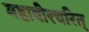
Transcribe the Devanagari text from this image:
महावीरचरित्